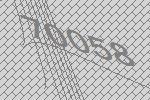
70058